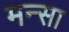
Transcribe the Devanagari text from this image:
मन्सा